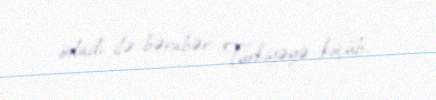
övladı ilə bərabər Türkiyəyə köçüb.